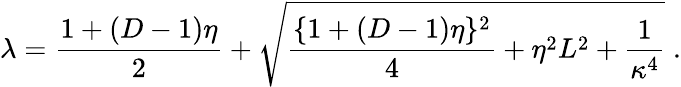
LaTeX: \lambda=\frac{1+(D-1)\eta}{2}+\sqrt{\frac{\{ 1+(D-1)\eta\} ^{2}}{4}+\eta^{2}L^{2}+\frac{1}{\kappa^{4}}}\; .